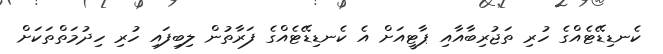
ކެނޑިޑޭޓެއްގެ ހުރި ތަޖުރިބާއާއި ޕާޓީއަށް އެ ކެނޑިޑޭޓެއްގެ ފަރާތުން ލިބިފައި ހުރި ހިދުމަތްތަކަށް